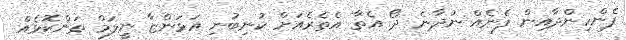
ފެންހިންދާއިން ފެނެއް ނުދާނެ ދޯ އެތާ އެތެރެއަށް ކުނިބުނި އަޅަންޏާ ނީލަމް ތަންކޮޅެއް